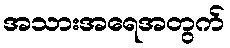
အသားအရေအတွက်